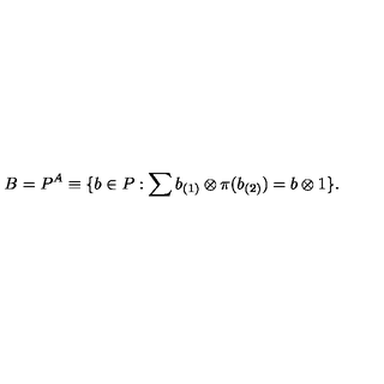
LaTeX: B = P ^ { A } \equiv \{ b \in P : \sum b _ { ( 1 ) } \otimes \pi ( b _ { ( 2 ) } ) = b \otimes 1 \} .